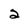
Character: 2